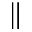
\parallel